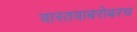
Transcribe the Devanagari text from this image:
वास्तवाबरोबरच